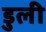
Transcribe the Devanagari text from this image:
डुली